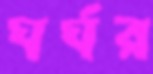
ঘর্ঘর